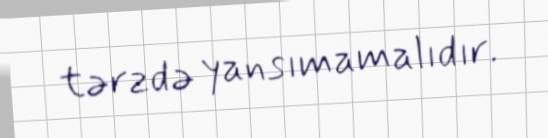
tərzdə yansımamalıdır.